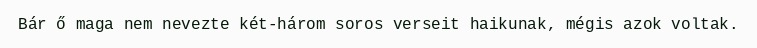
Bár ő maga nem nevezte két-három soros verseit haikunak, mégis azok voltak.